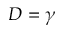
D = \gamma